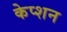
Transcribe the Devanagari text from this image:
केप्‍शन